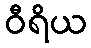
ဝီရိယ